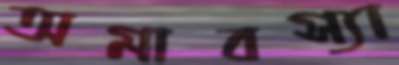
অমাবস্যা